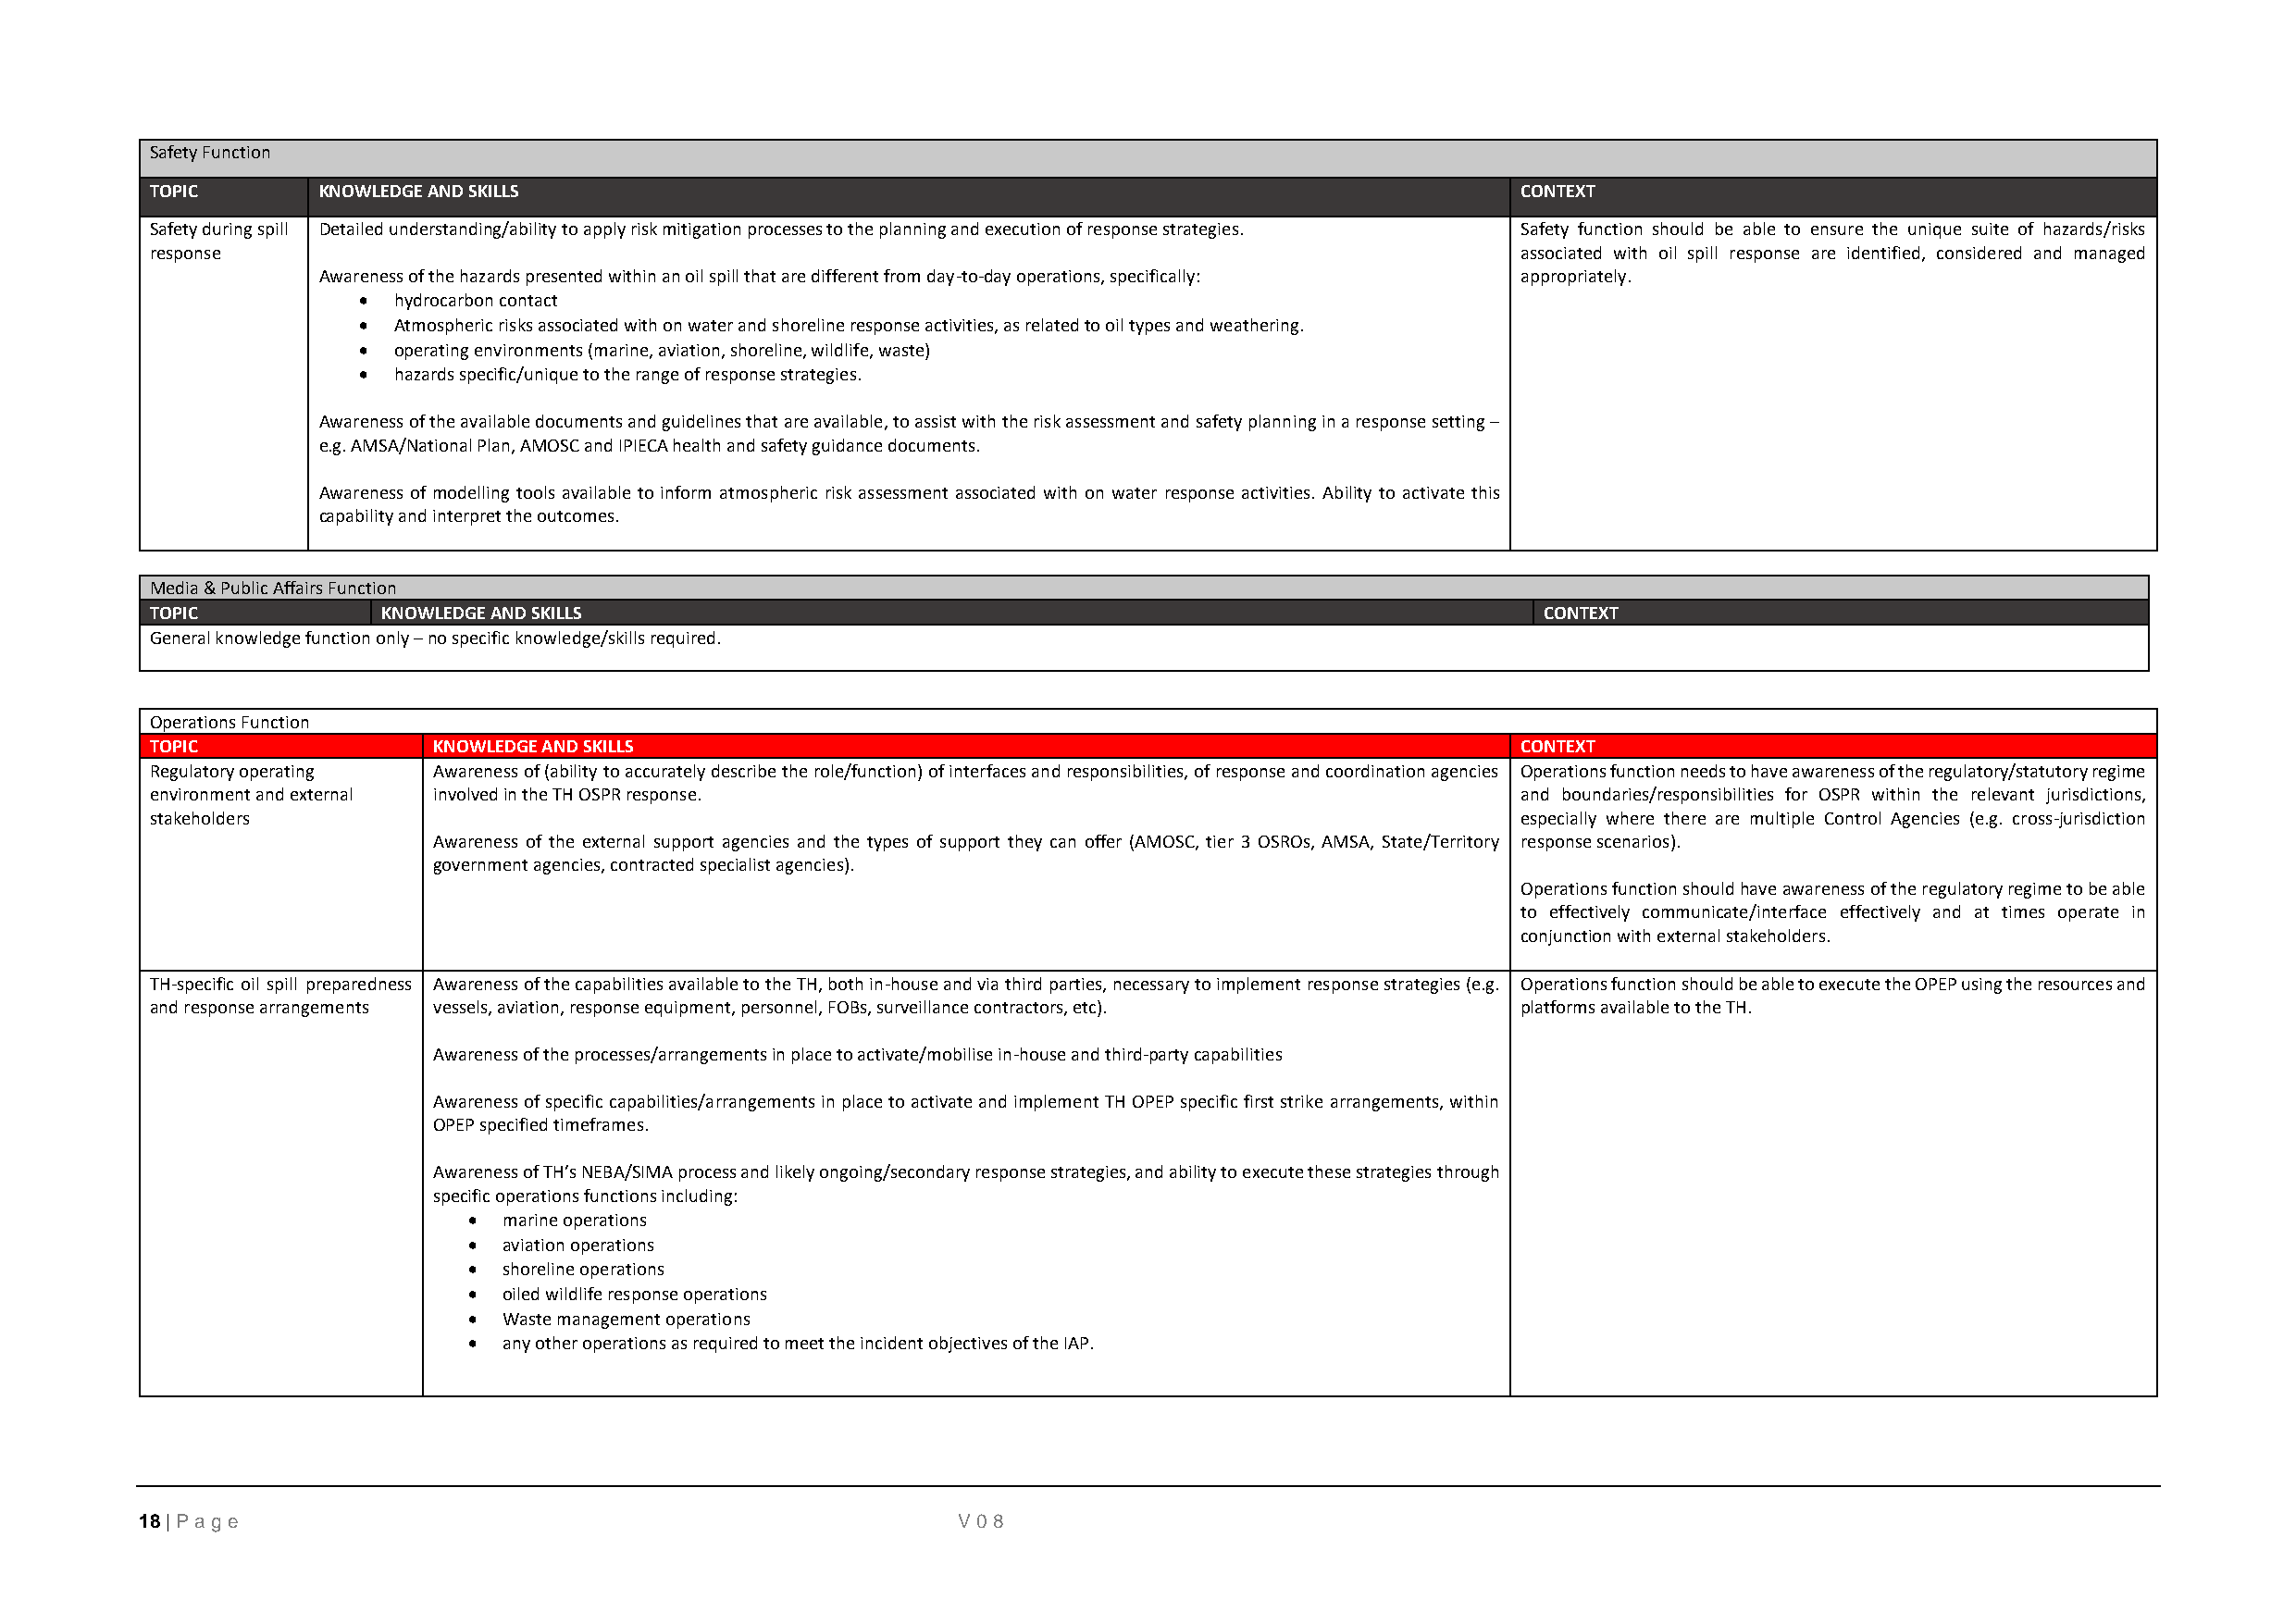
Safety Function
 TOPIC       KNOWLEDGE AND SKILLS                                                                  CONTEXT
 Safety during spill Detailed understanding/ability to apply risk mitigation processes to the planning and execution of response strategies. Safety function should be able to ensure the unique suite of hazards/risks
 response                                                                                          associated with oil spill response are identified, considered and managed
 Awareness of the hazards presented within an oil spill that are different from day-to-day operations, specifically: appropriately.
 • hydrocarbon contact
 • Atmospheric risks associated with on water and shoreline response activities, as related to oil types and weathering.
 • operating environments (marine, aviation, shoreline, wildlife, waste)
 • hazards specific/unique to the range of response strategies.
 Awareness of the available documents and guidelines that are available, to assist with the risk assessment and safety planning in a response setting –
 e.g. AMSA/National Plan, AMOSC and IPIECA health and safety guidance documents.
 Awareness of modelling tools available to inform atmospheric risk assessment associated with on water response activities. Ability to activate this
 capability and interpret the outcomes.
 Media & Public Affairs Function
 TOPIC           KNOWLEDGE AND SKILLS                                                               CONTEXT
 General knowledge function only – no specific knowledge/skills required.
 Operations Function
 TOPIC               KNOWLEDGE AND SKILLS                                                          CONTEXT
 Regulatory operating Awareness of (ability to accurately describe the role/function) of interfaces and responsibilities, of response and coordination agencies Operations function needs to have awareness of the regulatory/statutory regime
 environment and external involved in the TH OSPR response.                                        and boundaries/responsibilities for OSPR within the relevant jurisdictions,
 stakeholders                                                                                      especially where there are multiple Control Agencies (e.g. cross-jurisdiction
 Awareness of the external support agencies and the types of support they can offer (AMOSC, tier 3 OSROs, AMSA, State/Territory response scenarios).
 government agencies, contracted specialist agencies).
 Operations function should have awareness of the regulatory regime to be able
 to effectively communicate/interface effectively and at times operate in
 conjunction with external stakeholders.
 TH-specific oil spill preparedness Awareness of the capabilities available to the TH, both in-house and via third parties, necessary to implement response strategies (e.g. Operations function should be able to execute the OPEP using the resources and
 and response arrangements vessels, aviation, response equipment, personnel, FOBs, surveillance contractors, etc). platforms available to the TH.
 Awareness of the processes/arrangements in place to activate/mobilise in-house and third-party capabilities
 Awareness of specific capabilities/arrangements in place to activate and implement TH OPEP specific first strike arrangements, within
 OPEP specified timeframes.
 Awareness of TH’s NEBA/SIMA process and likely ongoing/secondary response strategies, and ability to execute these strategies through
 specific operations functions including:
 •  marine operations
 •  aviation operations
 •  shoreline operations
 •  oiled wildlife response operations
 •  Waste management operations
 •  any other operations as required to meet the incident objectives of the IAP.
 18 | P age                                                V08